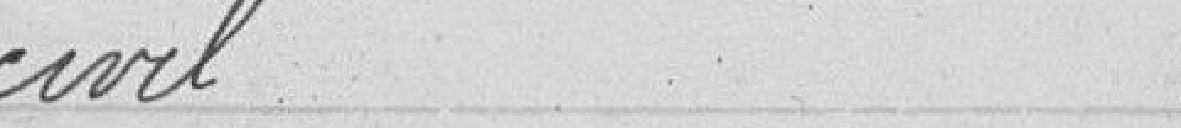
civil